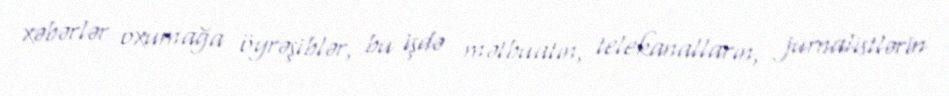
xəbərlər oxumağa öyrəşiblər, bu işdə mətbuatın, telekanalların, jurnalistlərin